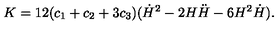
K = 1 2 ( c _ { 1 } + c _ { 2 } + 3 c _ { 3 } ) ( \dot { H } ^ { 2 } - 2 H \ddot { H } - 6 H ^ { 2 } \dot { H } ) .